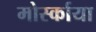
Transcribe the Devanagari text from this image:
मोर्स्काया